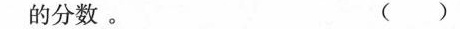
的分数。( )